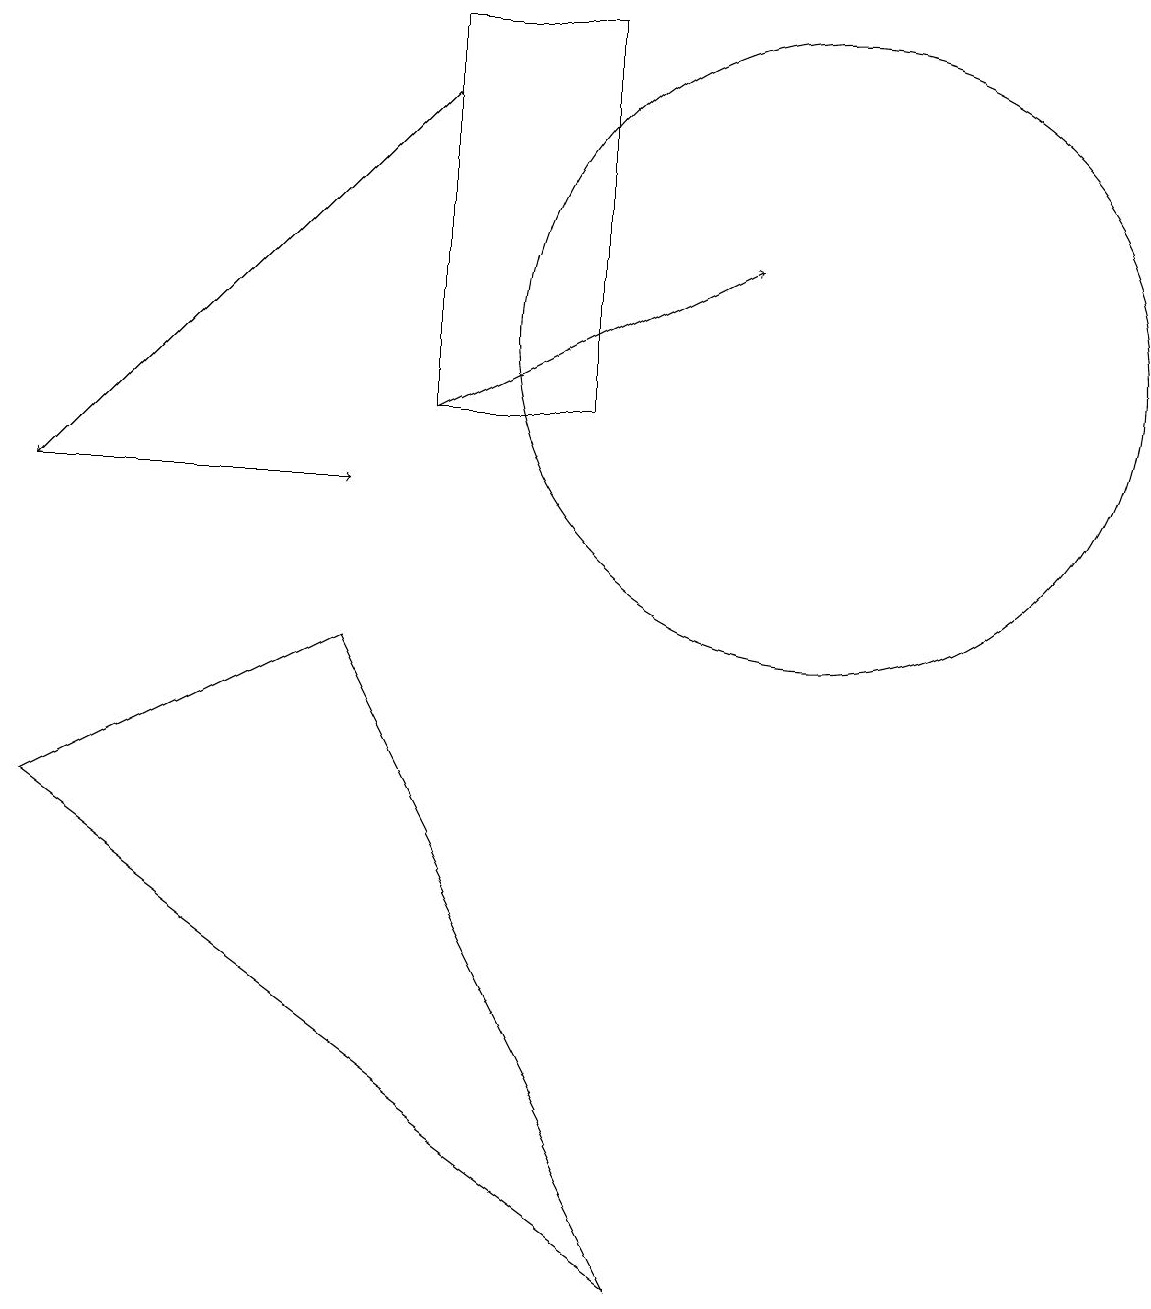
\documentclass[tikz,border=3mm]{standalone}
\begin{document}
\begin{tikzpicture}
\draw (4,8) -- (0,6) -- (8,0) -- cycle;
\draw[->] (5,11) -- (9,13);
\draw[->] (0,10) -- (4,10);
\draw[->] (5,15) -- (0,10);
\draw (10,12) circle (4);
\draw (5,16) rectangle (7,11);
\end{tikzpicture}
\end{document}